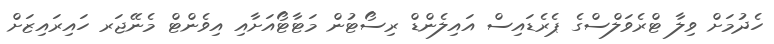
ހެދުމަށް ވިލާ ޓްރެވަލްސްގެ ޕެރެޑައިސް އައިލެންޑް ރިސޯޓުން މަޓާޓޯއަށާއި އިވެންޓް މެނޭޖަރ ހައިރައިޒަށް